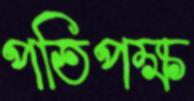
পতিপক্ষ